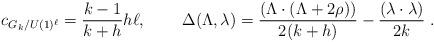
LaTeX: \begin{align*}c_{G_{k}/U(1)^{\ell }}=\frac{k-1}{k+h}h\ell ,\,\quad \quad \Delta (\Lambda,\lambda )=\frac{(\Lambda \cdot (\Lambda +2\rho ))}{2(k+h)}-\frac{(\lambda\cdot \lambda )}{2k}\;. \end{align*}